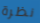
نظرة